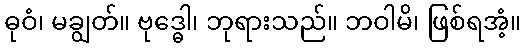
ဓုဝံ၊ မချွတ်။ ဗုဒ္ဓေါ၊ ဘုရားသည်။ ဘဝါမိ၊ ဖြစ်ရအံ့။